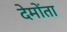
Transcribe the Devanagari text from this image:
देमोंता